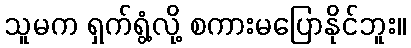
သူမက ရှက်ရွံ့လို့ စကားမပြောနိုင်ဘူး။